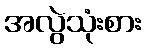
အလွဲသုံးစား